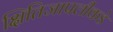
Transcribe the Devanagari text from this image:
क्षितिजापलीकडे